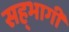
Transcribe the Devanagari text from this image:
सह्भागी